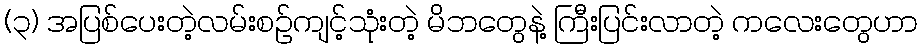
(၃) အပြစ်ပေးတဲ့လမ်းစဉ်ကျင့်သုံးတဲ့ မိဘတွေနဲ့ ကြီးပြင်းလာတဲ့ ကလေးတွေဟာ